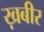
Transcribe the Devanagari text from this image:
ख़बीर